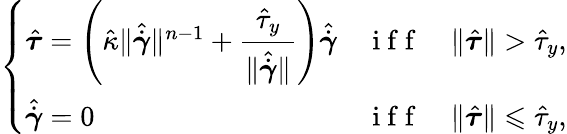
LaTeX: \left\{ \begin{array}{ll}{\hat{\boldsymbol{\tau}}=\left(\hat{\kappa}\Vert\hat{\dot{\boldsymbol{\gamma}}}\Vert^{n-1}+\displaystyle{\frac{\hat{\tau}_{y}}{\Vert\hat{\dot{\boldsymbol{\gamma}}}\Vert}}\right)\hat{\dot{\boldsymbol{\gamma}}}}&{\mathrm{~i~f~f~}\quad\Vert\hat{\boldsymbol{\tau}}\Vert>\hat{\tau}_{y},}\\ {\hat{\dot{\boldsymbol{\gamma}}}=0}&{\mathrm{~i~f~f~}\quad\Vert\hat{\boldsymbol{\tau}}\Vert\leqslant\hat{\tau}_{y},}\end{array}\right.